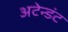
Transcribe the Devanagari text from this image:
अटेन्डंट